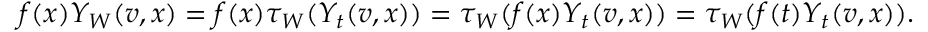
f ( x ) Y _ { W } ( v , x ) = f ( x ) \tau _ { W } ( Y _ { t } ( v , x ) ) = \tau _ { W } ( f ( x ) Y _ { t } ( v , x ) ) = \tau _ { W } ( f ( t ) Y _ { t } ( v , x ) ) .